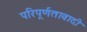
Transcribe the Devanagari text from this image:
परिपूर्णतावादी